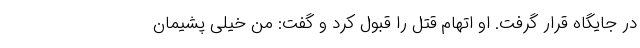
در جایگاه قرار گرفت. او اتهام قتل را قبول کرد و گفت: من خیلی پشیمان